65_HS1-834228961_62-HQ-83894_Section_10
Agency: FBI
Page 159
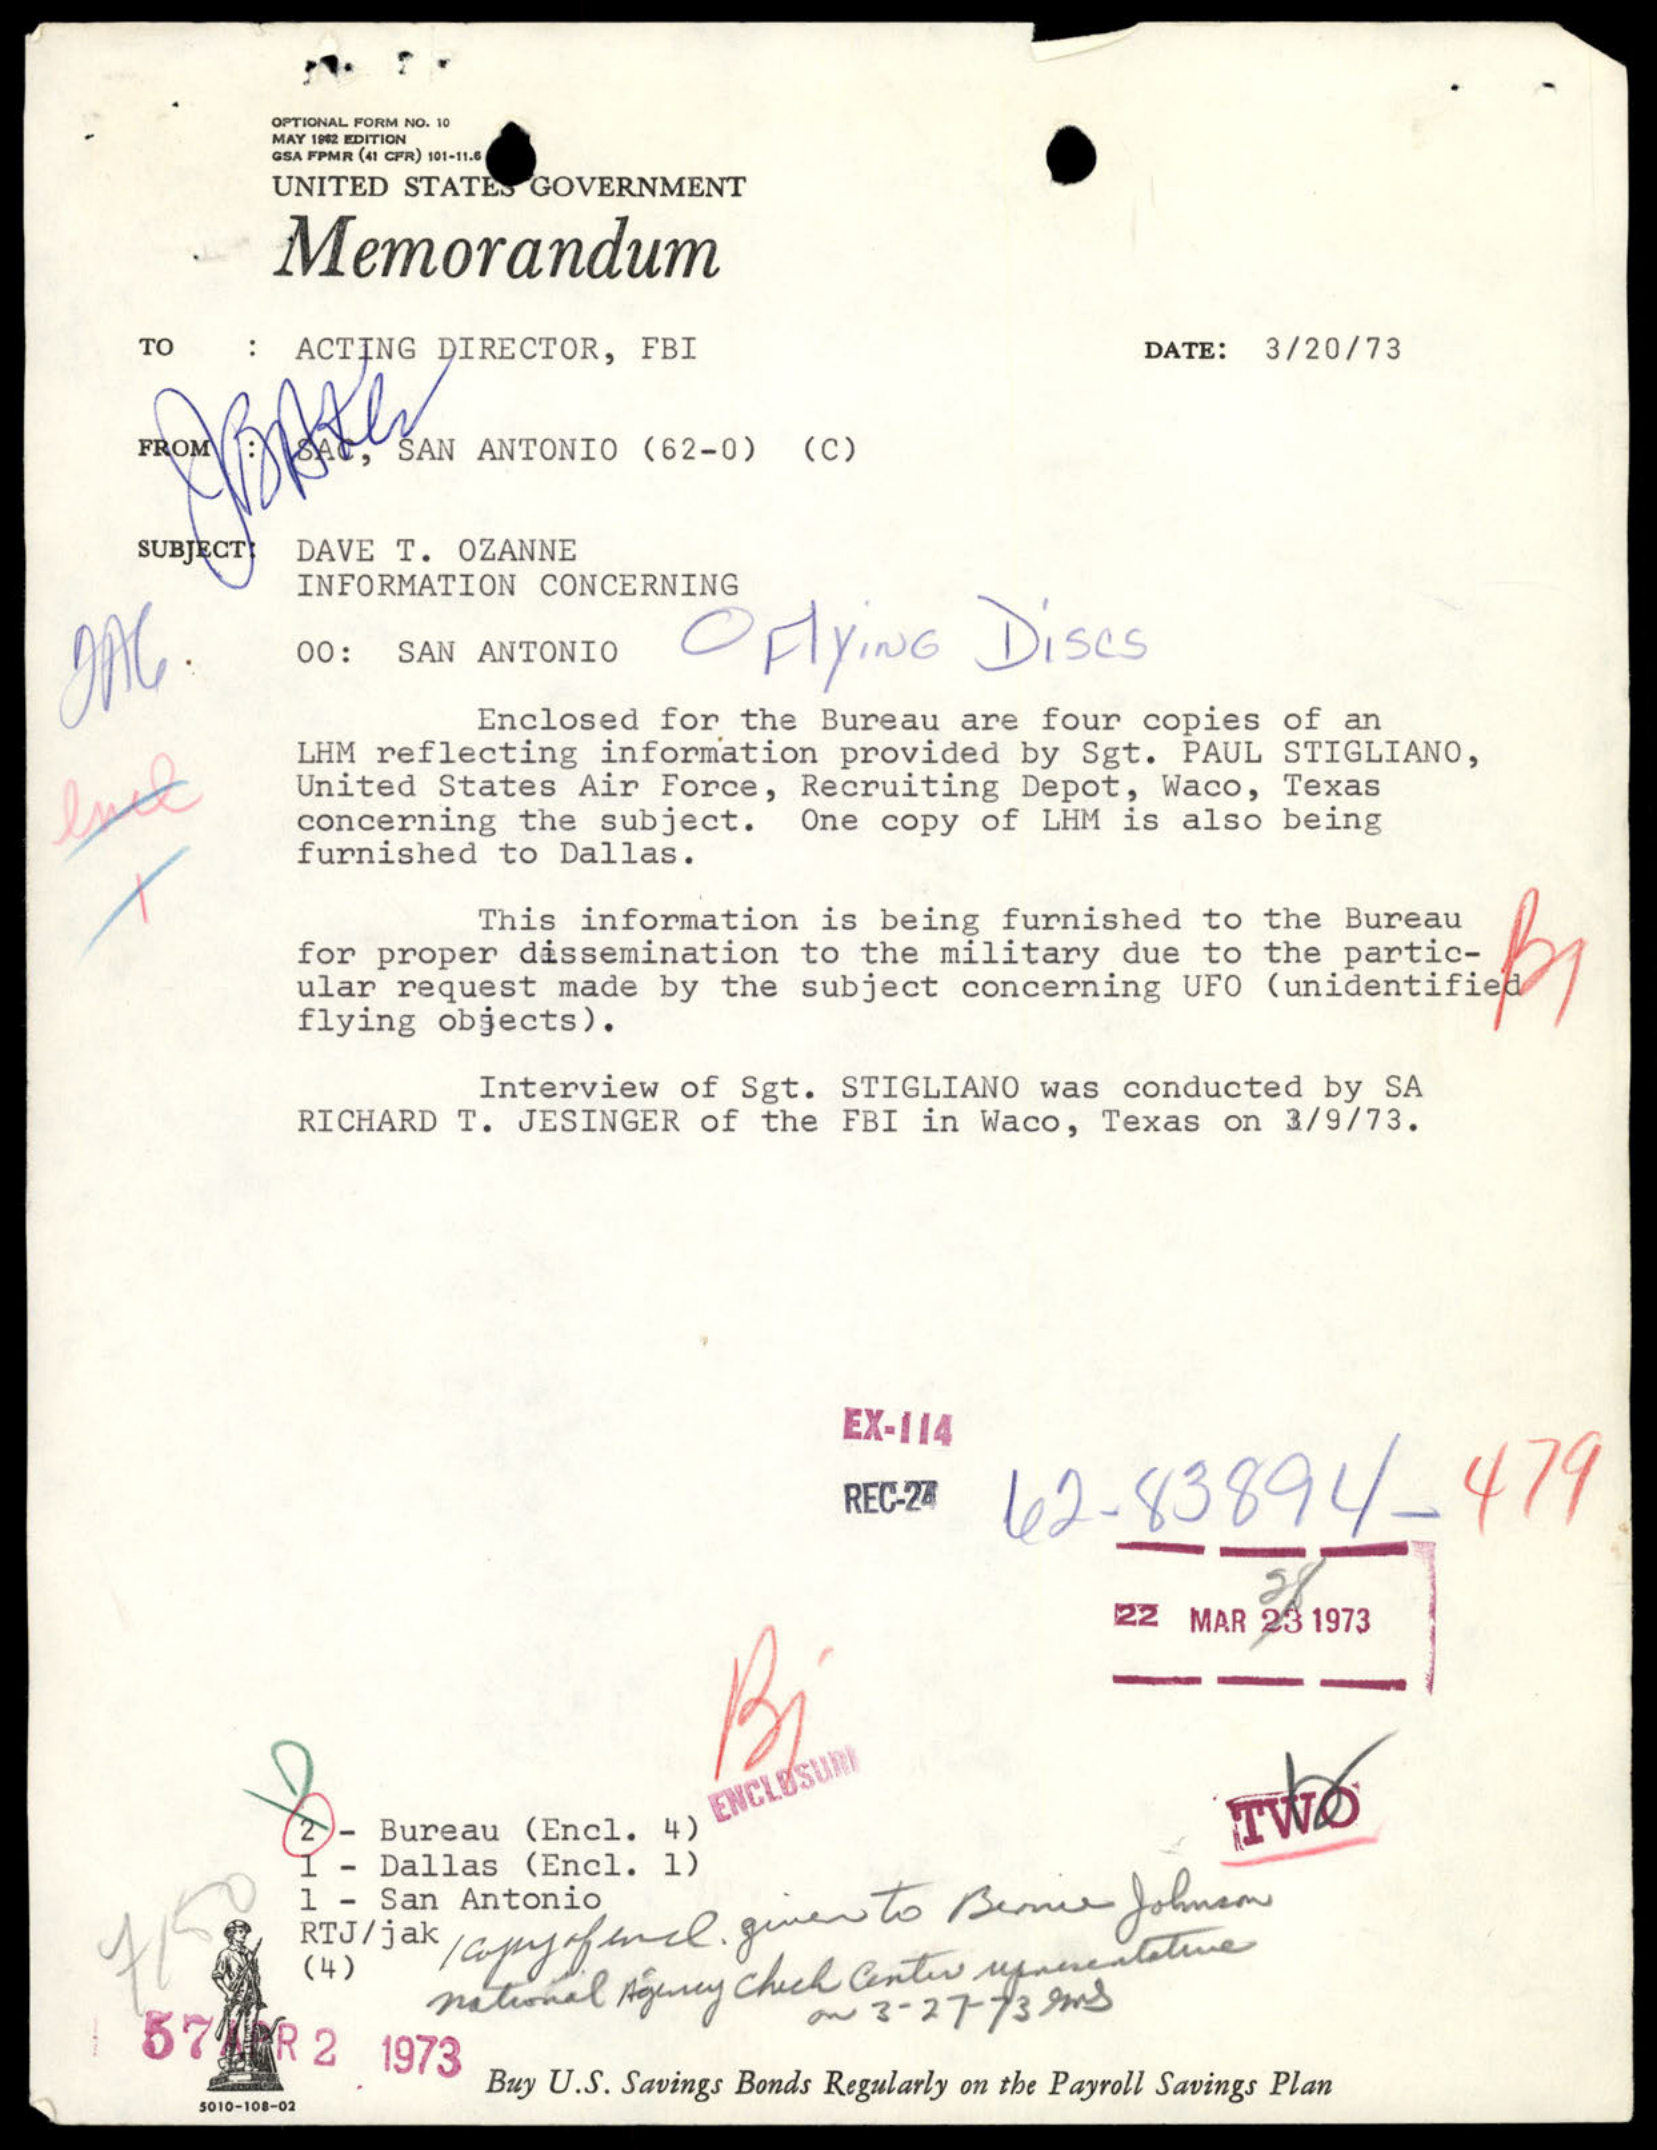